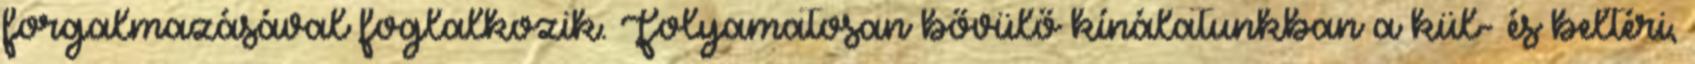
forgalmazásával foglalkozik. Folyamatosan bővülő kínálatunkban a kül- és beltéri,